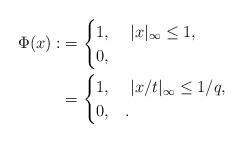
LaTeX: \begin{align*}\Phi(x): & = \begin{cases}1, & \ |x|_\infty \leq 1, \\0, & \end{cases} \\&=\begin{cases}1, & \ |x/t|_\infty \leq 1/q, \\0, & .\end{cases}\end{align*}